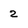
Character: 2